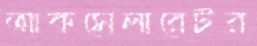
আকসেলারেটর